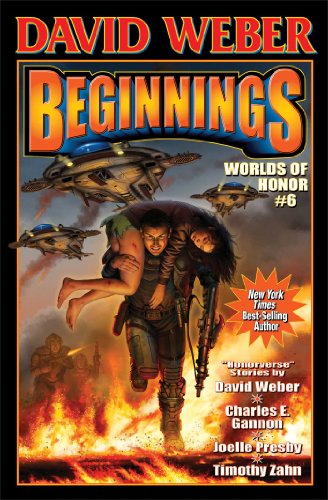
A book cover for Beginnings: Worlds of Honor 6 (Honor Harrington); David Weber; Science Fiction & Fantasy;